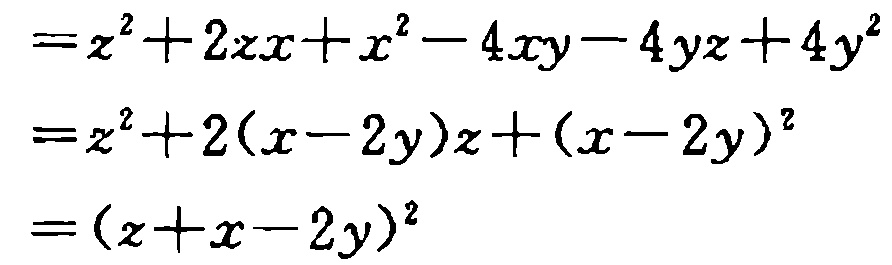
\[
\begin{align*}
&=z^{2}+2zx + x^{2}-4xy - 4yz+4y^{2}\\
&=z^{2}+2(x - 2y)z+(x - 2y)^{2}\\
&=(z + x - 2y)^{2}
\end{align*}
\]